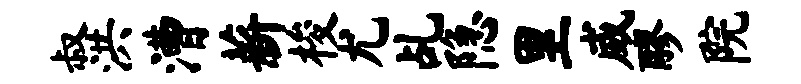
叔洪漕薪梭尤乩隐里威醪院